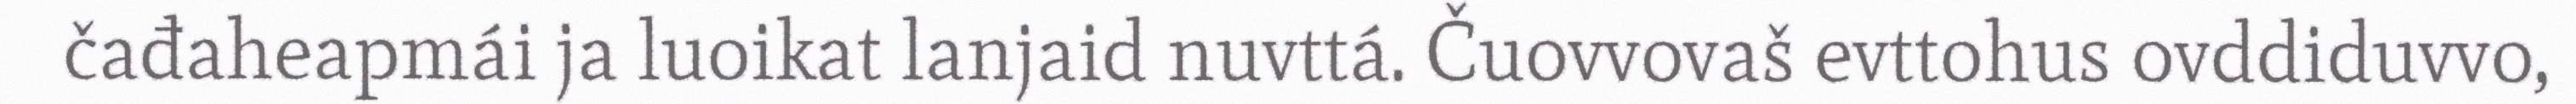
čađaheapmái ja luoikat lanjaid nuvttá. Čuovvovaš evttohus ovddiduvvo,